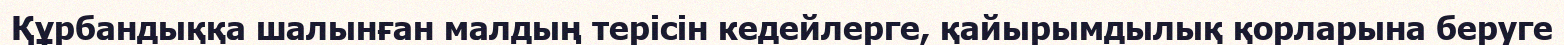
Құрбандыққа шалынған малдың терісін кедейлерге, қайырымдылық қорларына беруге